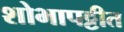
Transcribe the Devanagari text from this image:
शोभापट्टीत